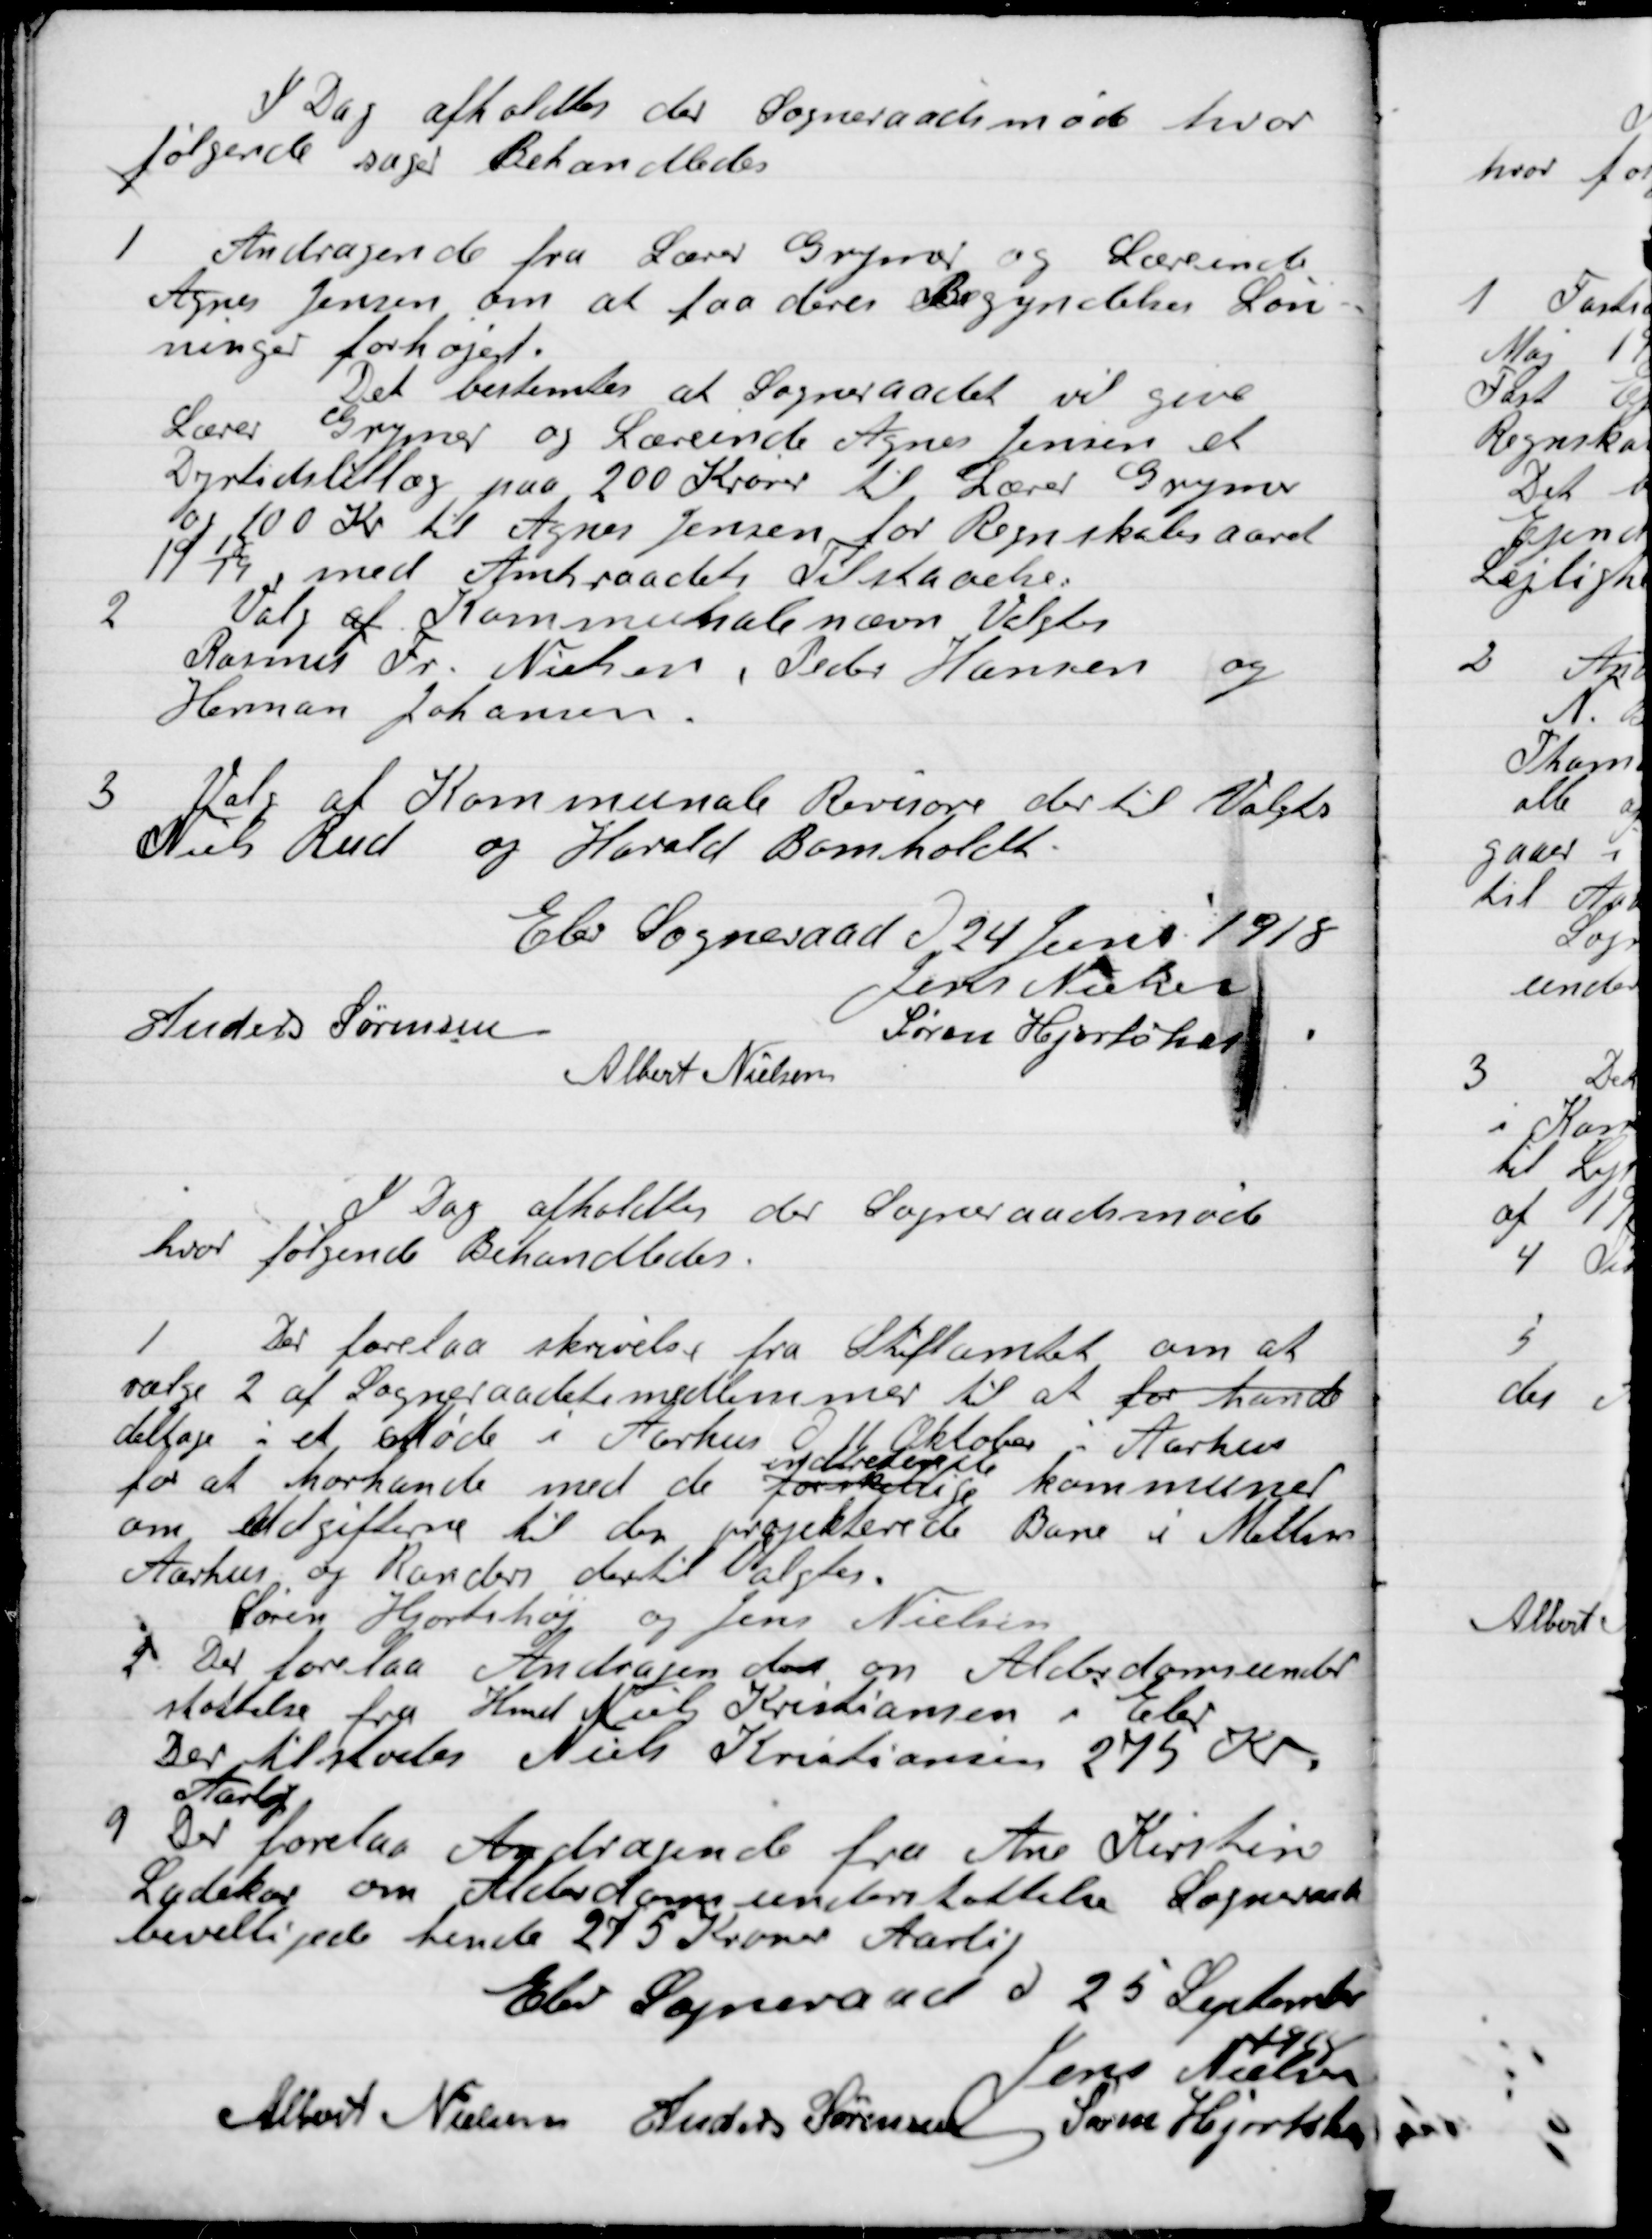
Transskription:
I Dag afholdtes der  Sogneraadetsmøde hvor
følgende sager Behandledes:

1

Andragende fra Lærer Grymer og Lærerinde
Agnes Jensen, om at faa deres Begyndelses Løn-
ninger forhøjet.
Det bestemtes at Sogneraadet vil give
Lærer Gryner og Lærerinde Agnes Jensen et
Dyrtidstillæg paa 200 Kroner til Lærer Gryner
100 Kr. til Agnes Jensen for Regnskabsaaret
1918 /19 med Amtsraadets Tilstaaelse.

2

Valg af Kommunale nævn Valgtes
Rasmus Fr. Nielsen, Peder Hansen og
Herman Johansen.

3

Valg af Kommunale Revisorer der til Valgtes
Niels Rud og Harald Bomholdt.

Elev Sogneraad Den 24 Juni 1918

Jens Nielsen
Anders Sørensen
Søren Hjortshøi
Albert Nielsen

I Dag afholdtes der  Sogneraadetsmøde
hvor følgende Behandledes:

1

Der forelaa skrivelse, fra Stiftsamtet om at
vælge 2 af Sogneraadets medlemmer til at for havde
deltage i et Møde i Aarhus D. 11 Oktober i Aarhus
for at forhandle med de forskellige

kommuner
om Udgiften til den projekterede bane i Mellem
Aarhus og Randers dertil Valgtes.
Søren Hjortshøi, og Jens Nielsen

2

Der forelaa Andragende om Alderdomsunder-
støttelse fra Hmd Niels Kristiansen i Elev
Der tilstodes Niels Kristiansen 275 Kr.
Aaret.

3

Der forelaa Andragende fra Ane Kirstine
Ladeskov om Alderdomsunderstøttelse. Sogneraadet
Bevilgede hende 275 Kroner Aarlig.

Elev Sogneraad D. 25 September 1918

Jens Nielsen
Albert Nielsen
Anders Sørensen
Søren Hjortshøi